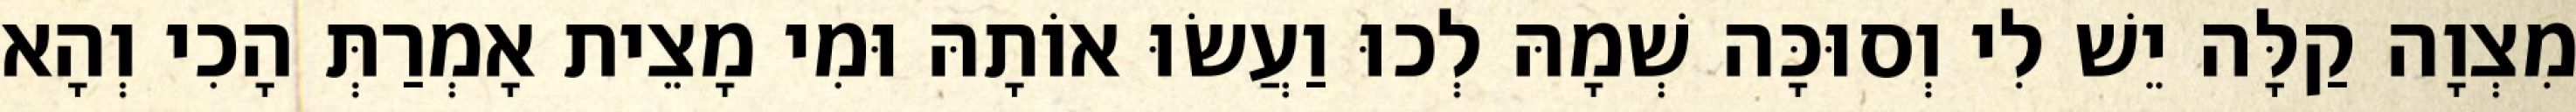
מִצְוָה קַלָּה יֵשׁ לִי וְסוּכָּה שְׁמָהּ לְכוּ וַעֲשׂוּ אוֹתָהּ וּמִי מָצֵית אָמְרַתְּ הָכִי וְהָא